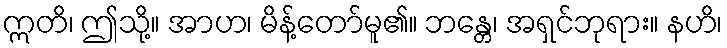
ဣတိ၊ ဤသို့။ အာဟ၊ မိန့်တော်မူ၏။ ဘန္တေ၊ အရှင်ဘုရား။ နဟိ၊